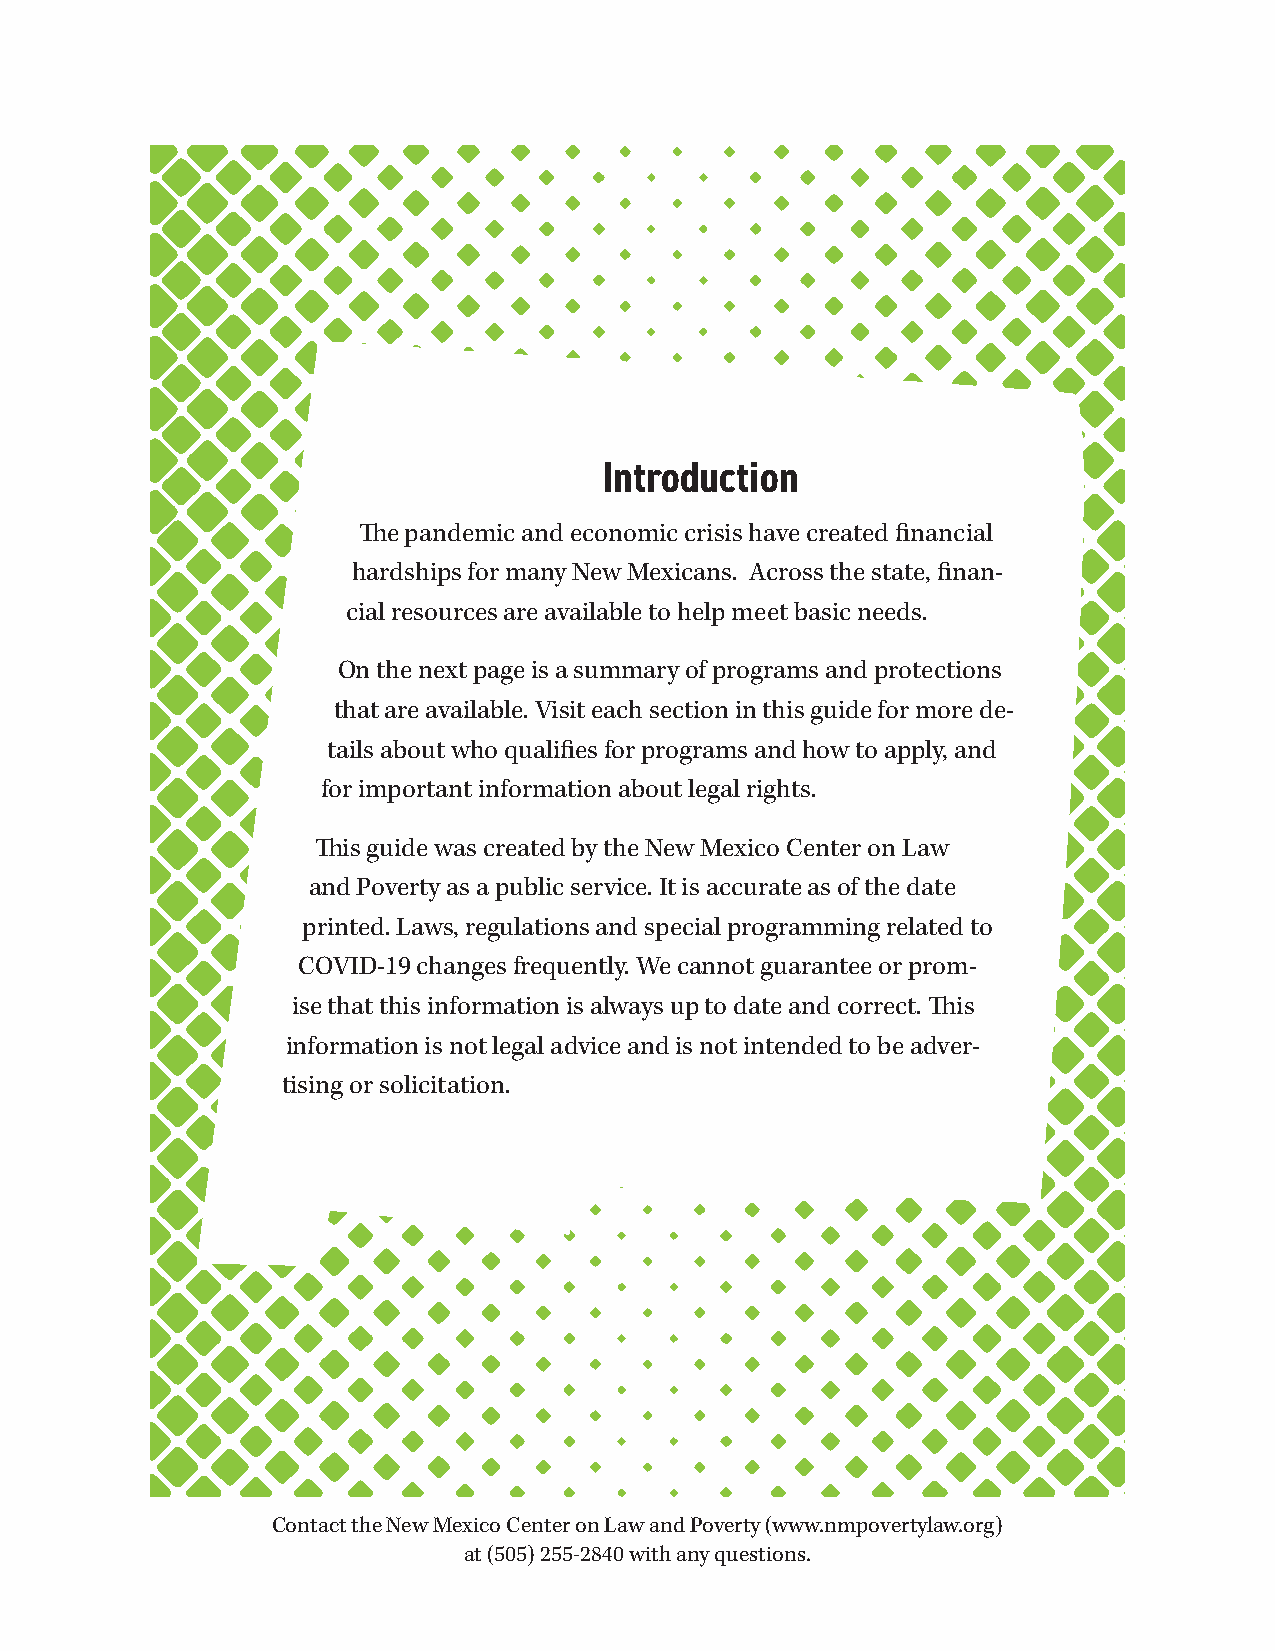
Introduction
 The pandemic and economic crisis have created financial
 hardships for many New Mexicans. Across the state, finan-
 cial resources are available to help meet basic needs.
 On the next page is a summary of programs and protections
 that are available. Visit each section in this guide for more de-
 tails about who qualifies for programs and how to apply, and
 for important information about legal rights.
 This guide was created by the New Mexico Center on Law
 and Poverty as a public service. It is accurate as of the date
 printed. Laws, regulations and special programming related to
 COVID-19 changes frequently. We cannot guarantee or prom-
 ise that this information is always up to date and correct. This
 information is not legal advice and is not intended to be adver-
 tising or solicitation.
 Contact the New Mexico Center on Law and Poverty (www.nmpovertylaw.org)
 at (505) 255-2840 with any questions.